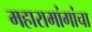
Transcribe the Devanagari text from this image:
महारामांगांचा